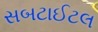
સબટાઈટલ